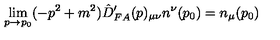
\lim _ { p \rightarrow p _ { 0 } } ( - p ^ { 2 } + m ^ { 2 } ) \hat { D } _ { F A } ^ { \prime } ( p ) _ { \mu \nu } n ^ { \nu } ( p _ { 0 } ) = n _ { \mu } ( p _ { 0 } )